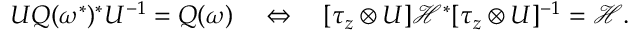
U Q ( \omega ^ { * } ) ^ { * } U ^ { - 1 } = Q ( \omega ) \quad \Leftrightarrow \quad [ \tau _ { z } \otimes U ] \mathcal { H } ^ { * } [ \tau _ { z } \otimes U ] ^ { - 1 } = \mathcal { H } .